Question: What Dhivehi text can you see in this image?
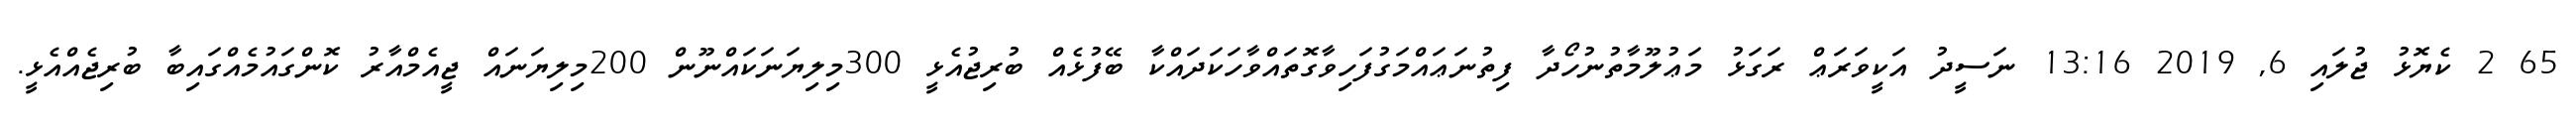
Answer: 65 2 ކެޔޮޅު ޖުލައި 6, 2019 13:16 ނަސީދު އަކީވަރަޢް ރަގަޅު މަޢުލޫމާތުނުހޯދާ ފިތުނަޢައްމަގުފަހިވާގޮތައްވާހަކަދައްކާ ބޭފުޅެއް ބުރިޖުއެޅީ 300މިލިޔަނަކައްނޫން 200މިލިޔަނައް ޖީއެމްއާރު ކޮންގައުމެއްގައިބާ ބުރިޖެއްއެޅީ.